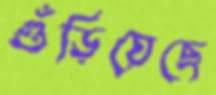
গুঁড়িয়েছে